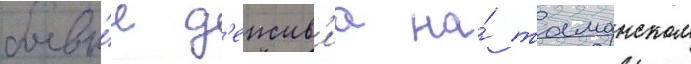
боевы́е д'еиств'иа на́ таманском